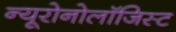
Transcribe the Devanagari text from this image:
न्यूरोनोलॉजिस्ट